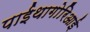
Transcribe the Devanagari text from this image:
पाईथागोरिआई